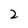
Character: 2